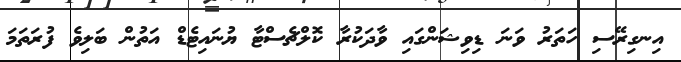
އިނގިރޭސި ހަތަރު ވަނަ ޑިވިޝަންގައި ވާދަކުރާ ކޮލްޗެސްޓާ ޔުނައިޓެޑް އަތުން ބަލިވެ ފުރަތަމަ